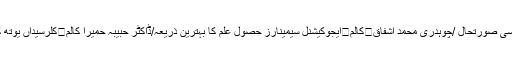
عاطف علی ادریسی	کالم	کلر سیداں کی سیاسی صورتحال /چوہدری محمد اشفاق	کالم	ایجوکیشنل سیمینارز حصول علم کا بہترین ذریعہ/ڈاکٹر حبیبہ حمیرا کالم	کلرسیداں یوتھ کونسل کا بے وقت مطالبہ کیا رنگ لائے گا؟